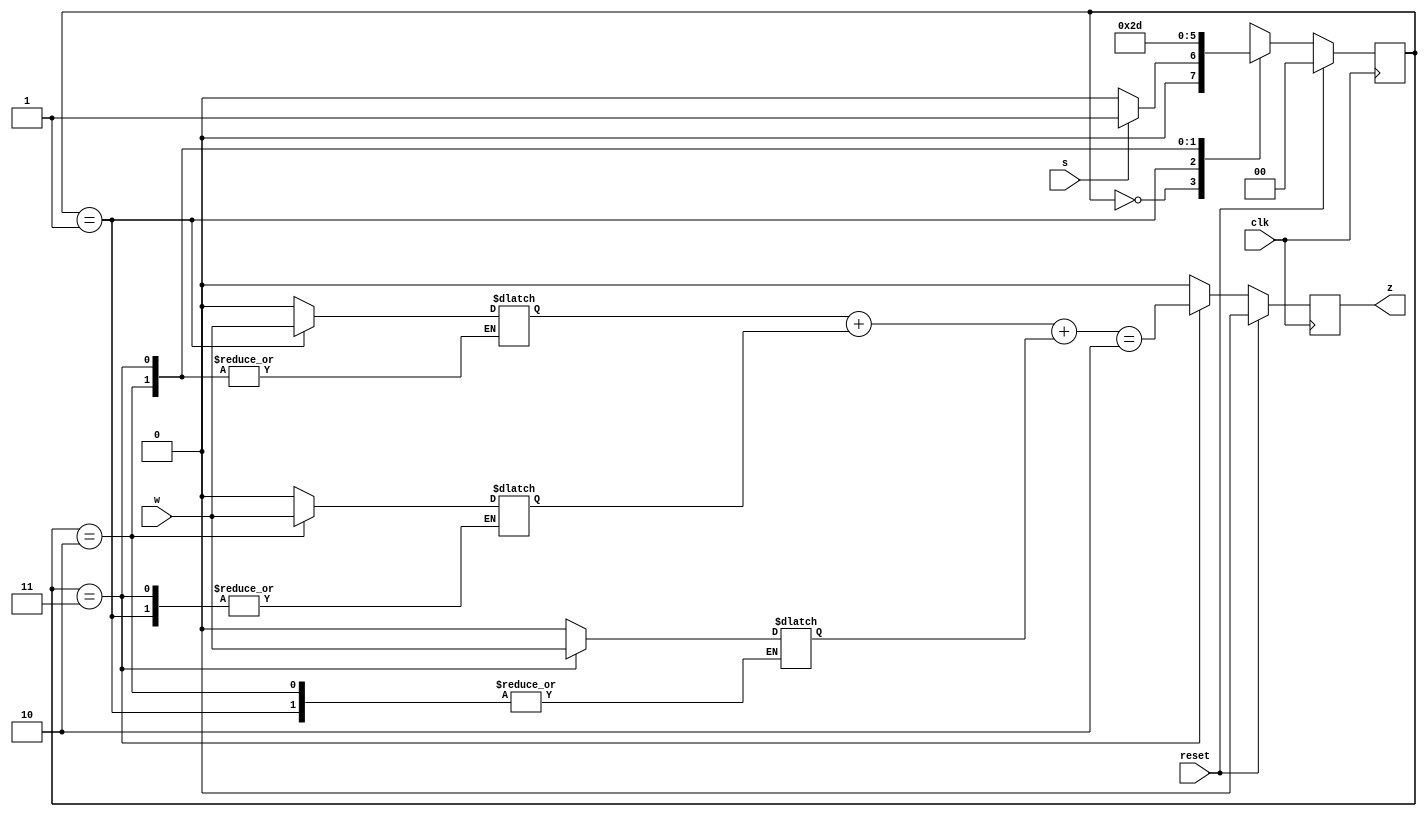
module top_module (
    input clk,
    input reset,   // Synchronous reset
    input s,
    input w,
    output z
);

    parameter A=0, B1=1, B2=2, B3=3;
    
    reg [1:0] state, next_state;
    reg [2:0] check;
    
    always @(posedge clk) begin
        if (reset) state <= A;
        else state <= next_state;
    end
    
    always @(*) begin
        case (state)
            A: next_state = s ? B1 : A;
            B1: next_state = B2;
            B2: next_state = B3;
            B3: next_state = B1;
        endcase

        case (state)
            B1: check[0] = w;
            B2: check[1] = w;
            B3: check[2] = w;
            default: check = '0;
        endcase
    end
    
    always @(posedge clk) begin
        if (reset) z <= 1'b0;
        else if (state == B3) z <= (check[0] + check[1] + check[2]) == 2;
        else z <= 1'b0;
    end
    
endmodule